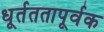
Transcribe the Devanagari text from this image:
धूर्तततापूर्वक